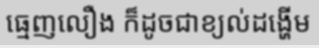
ធ្មេញលឿង ក៏ដូចជាខ្យល់ដង្ហើម